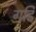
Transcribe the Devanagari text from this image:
गडि